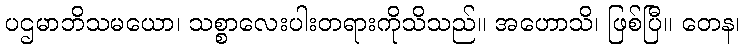
ပဌမာဘိသမယော၊ သစ္စာလေးပါးတရားကိုသိသည်။ အဟောသိ၊ ဖြစ်ပြီ။ တေန၊